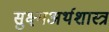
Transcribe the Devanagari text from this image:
सुक्ष्मअर्थशास्त्र